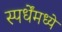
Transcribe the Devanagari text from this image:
स्पर्धेंमध्ये